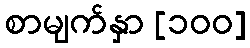
စာမျက်နှာ [၁၀၀]